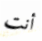
أنت